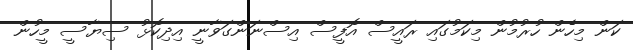
ކަން މިހެން ހުރުމުން މިކަމުގައި ރައީސް އޮފީސް އިސްނަންގަވާނީ އިދިކޮޅު ސިޔާސީ މީހުން